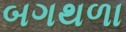
બગથળા